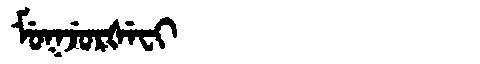
Manchu: ᠮᡠᡴᠵᡠᡵᡧᡝᠸᡳ
Romanization: MUKJURŠEFI